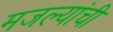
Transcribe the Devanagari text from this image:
मजल्यांची